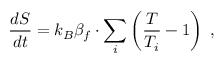
\frac { d S } { d t } = k _ { B } \beta _ { f } \cdot \sum _ { i } \left( \frac { T } { T _ { i } } - 1 \right) \; ,